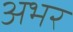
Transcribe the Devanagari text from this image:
अभर